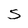
Character: 5